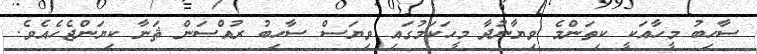
ސާހިބު މީހާއަކީ ކިތަންމެ ވިޔާނުދާ މީހަކަމުގައި ވިޔަސް ސާހިބު ރުއްސަން ޘަނާ ކިޔަންޖެހެއެވެ.